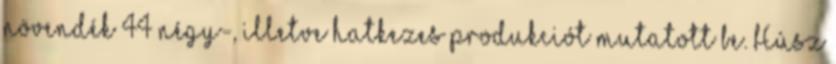
növendék 44 négy-, illetve hatkezes produkciót mutatott be. Húsz